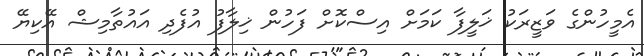
އެމީހުންގެ ވަޒީރަކު ޚަލީފާ ކަމަށް އިސްކޮށް ފަހުން ޚިލާފު އުފެދި އައުތާމިޝް އޭކިޔޭ